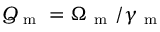
Q _ { \mathrm { ~ m ~ } } = \Omega _ { \mathrm { ~ m ~ } } / \gamma _ { \mathrm { ~ m ~ } }